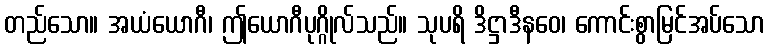
တည်သော။ အယံယောဂီ၊ ဤယောဂီပုဂ္ဂိုလ်သည်။ သုပရိ ဒိဋ္ဌာဒီနဝေ၊ ကောင်းစွာမြင်အပ်သော